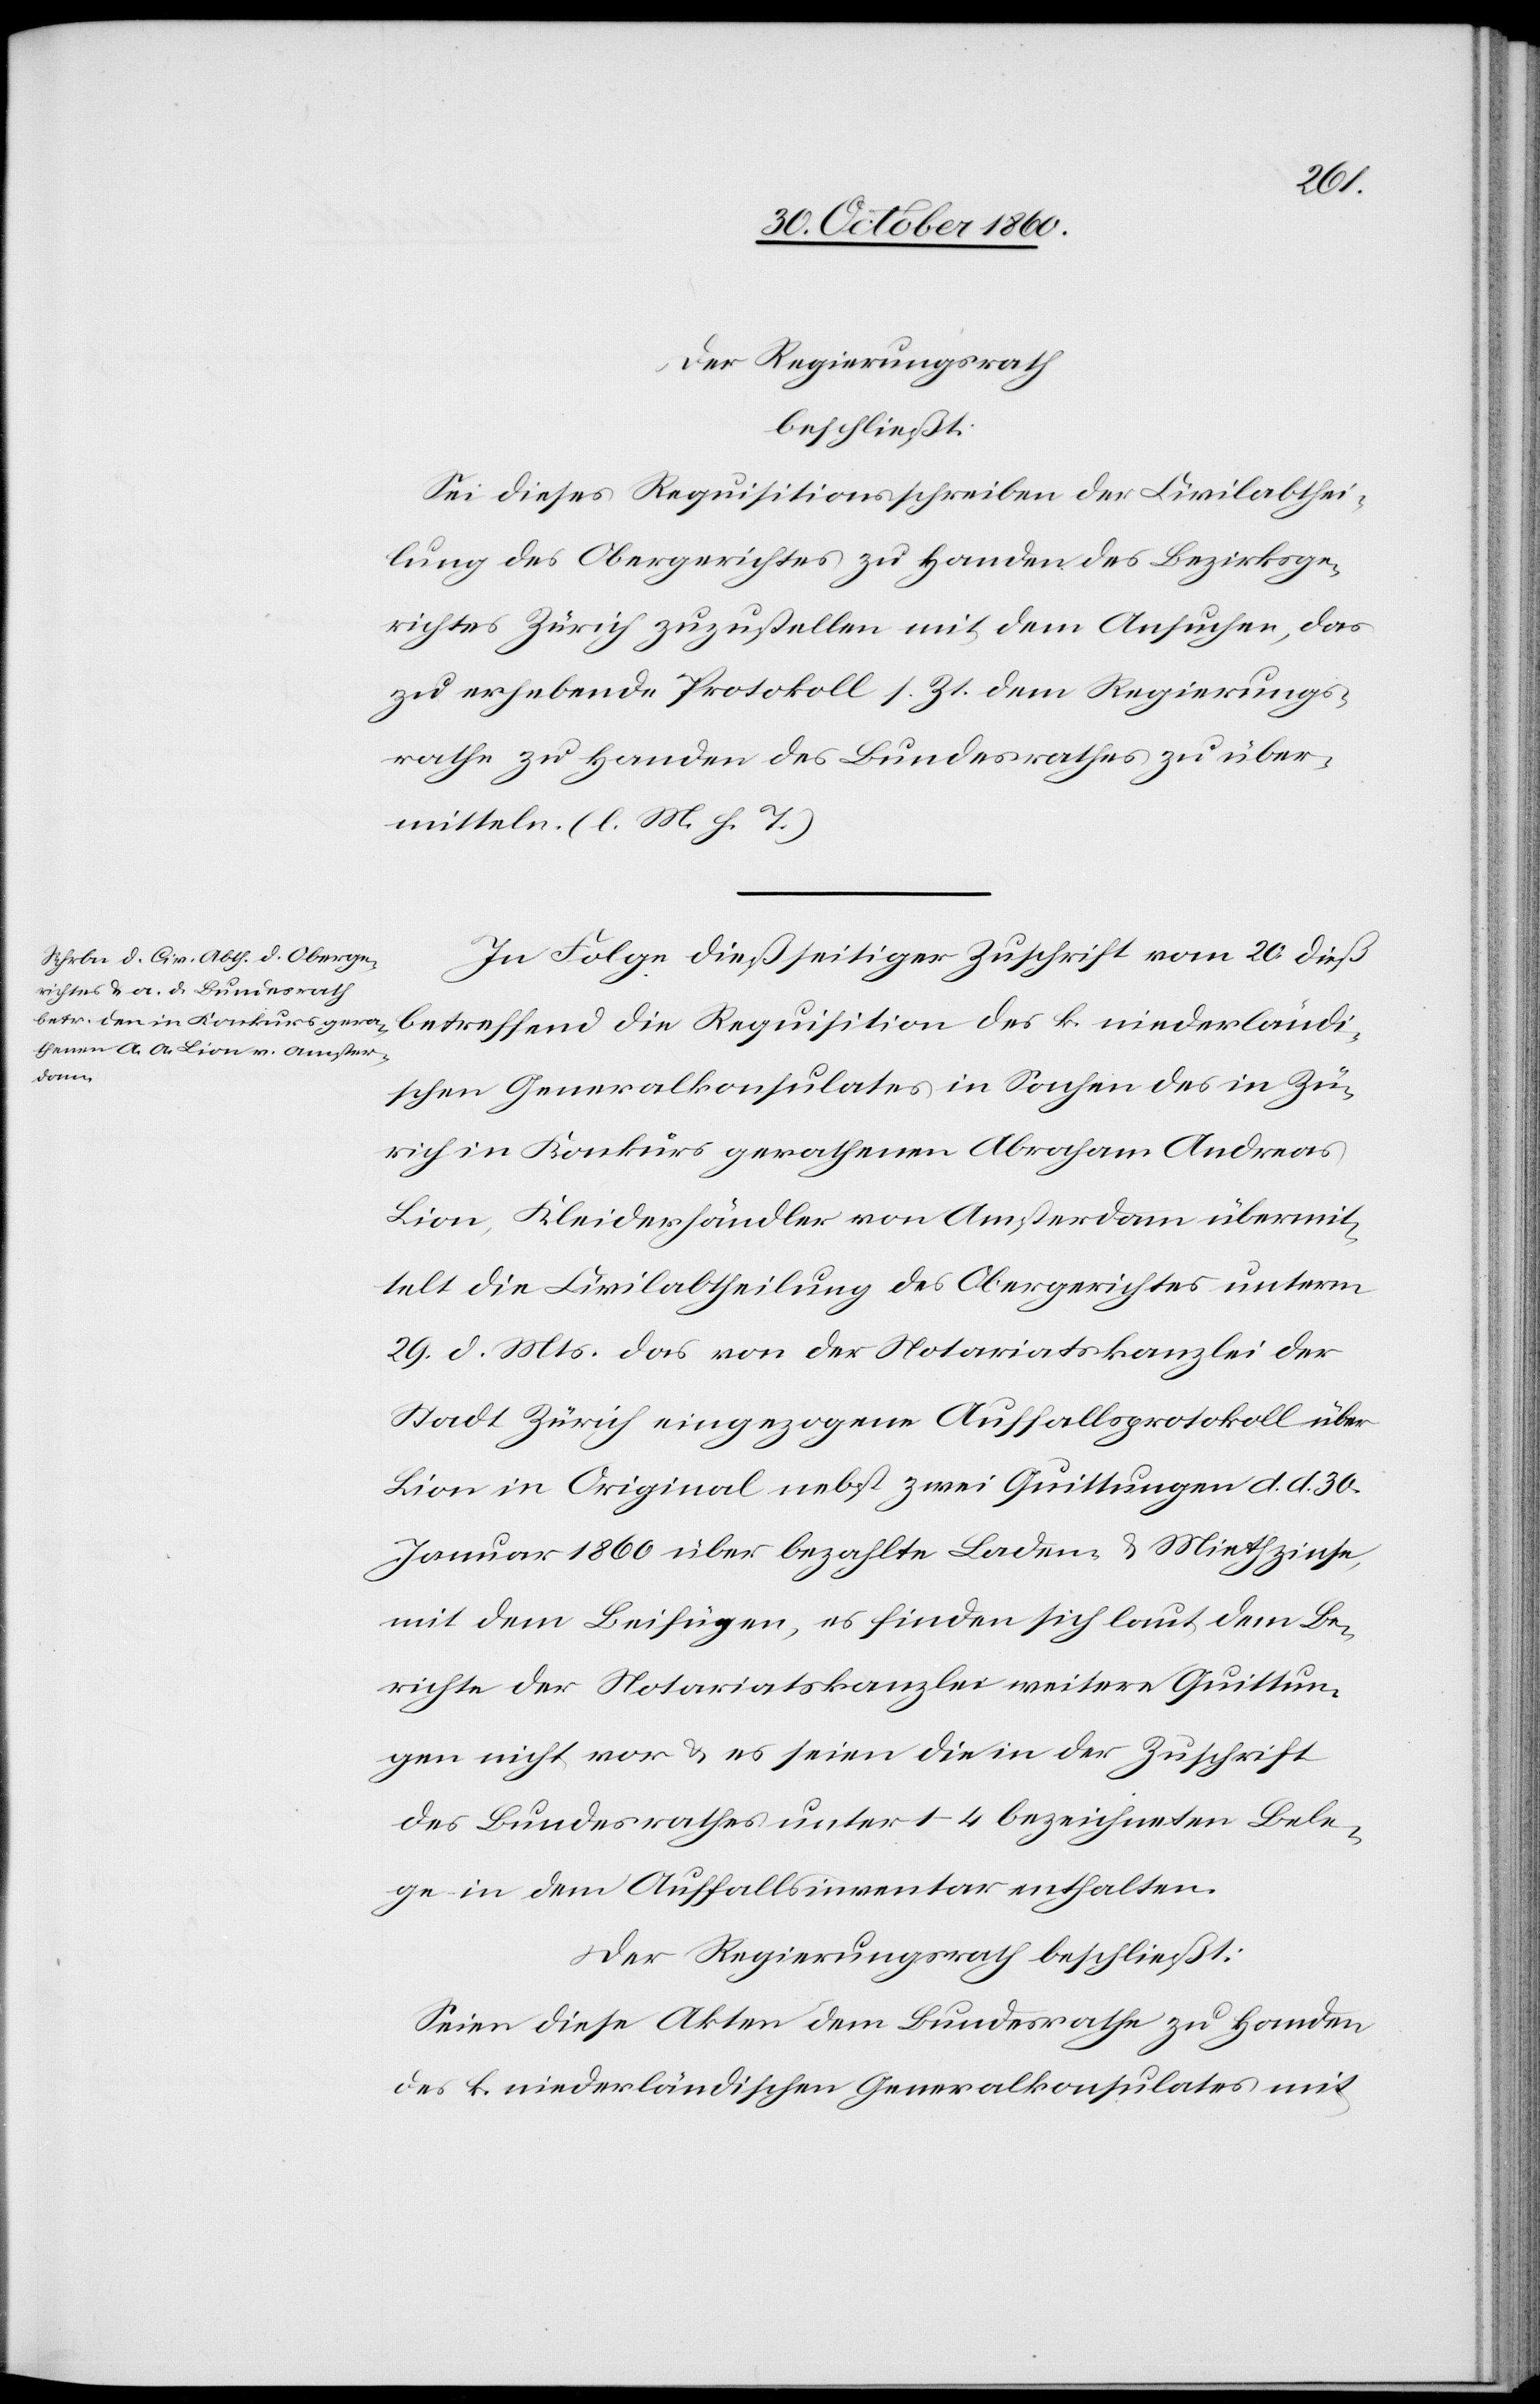
nie¬
Der Regierungsrath,
beschließt:
Sei dieses Requisitionsschreiben der Civilabthei¬
lung des Obergerichtes zu Handen des Bezirksge¬
richtes Zürich zuzustellen mit dem Ansuchen, das
zu erhebende Protokoll s. Zt. dem Regierungs¬
rathe zu Handen des Bundesrathes zu über¬
mitteln. (l. M. h. T.)
In Folgen dießseitiger Zuschrift vom 20. dieß
derländi¬
schen Generalkonsulates in Sachen des in Zü¬
rich in Konkurs gerathenen Abraham Andreas
Lion, Kleiderhändler von Amsterdam übermit¬
telte die Civilabtheilung des Obergerichtes unterm
29. d. Mts. das von der Notariatskanzlei der
Stadt Zürich eingezogene Auffallsprotokoll über
Lion in Original nebst zwei Quittungen d. d. 30.
Januar 1860 über bezahlte Laden- u. Miethzinse,
mit dem Beifügen, es finden sich laut dem Be¬
richte der Notariatskanzlei weitere Quittun¬
gen nicht vor u. es seien die in der Zuschrift
des Bundesrathes unter 1–4 bezeichneten Bele¬
ge in dem Auffallsinventar enthalten.
Der Regierungsrath beschließt:
Seien diese Akten dem Bundesrathe zu Handen
des k. niederländischen Generalkonsulates mit